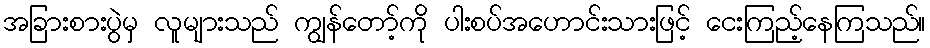
အခြားစားပွဲမှ လူများသည် ကျွန်တော့်ကို ပါးစပ်အဟောင်းသားဖြင့် ငေးကြည့်နေကြသည်။